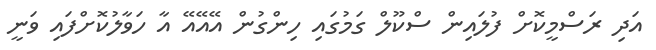
އަދި ރަސްމީކޮށް ފުލައިން ސްކޫލް ގަމުގައި ހިންގުން އޭއޭއޭ އާ ހަވާލުކޮށްފައި ވަނީ